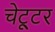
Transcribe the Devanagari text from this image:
चेट्टूर